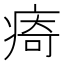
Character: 㾨